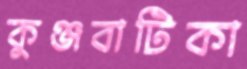
কুঞ্জবাটিকা